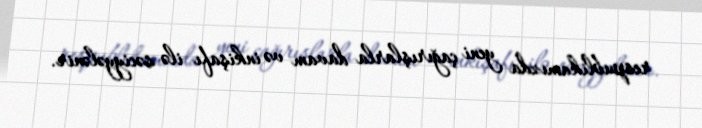
respublikamızda yeni çağırışlarla davam və inkişafı ilə səciyyələnir.